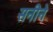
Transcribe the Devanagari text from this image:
सनीने